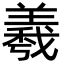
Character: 羲